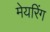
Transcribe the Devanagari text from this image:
मेयरिंग